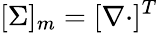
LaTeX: [\Sigma]_{m}=[\nabla\cdot]^{T}